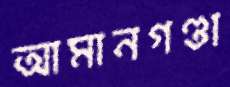
আমানগণ্ডা